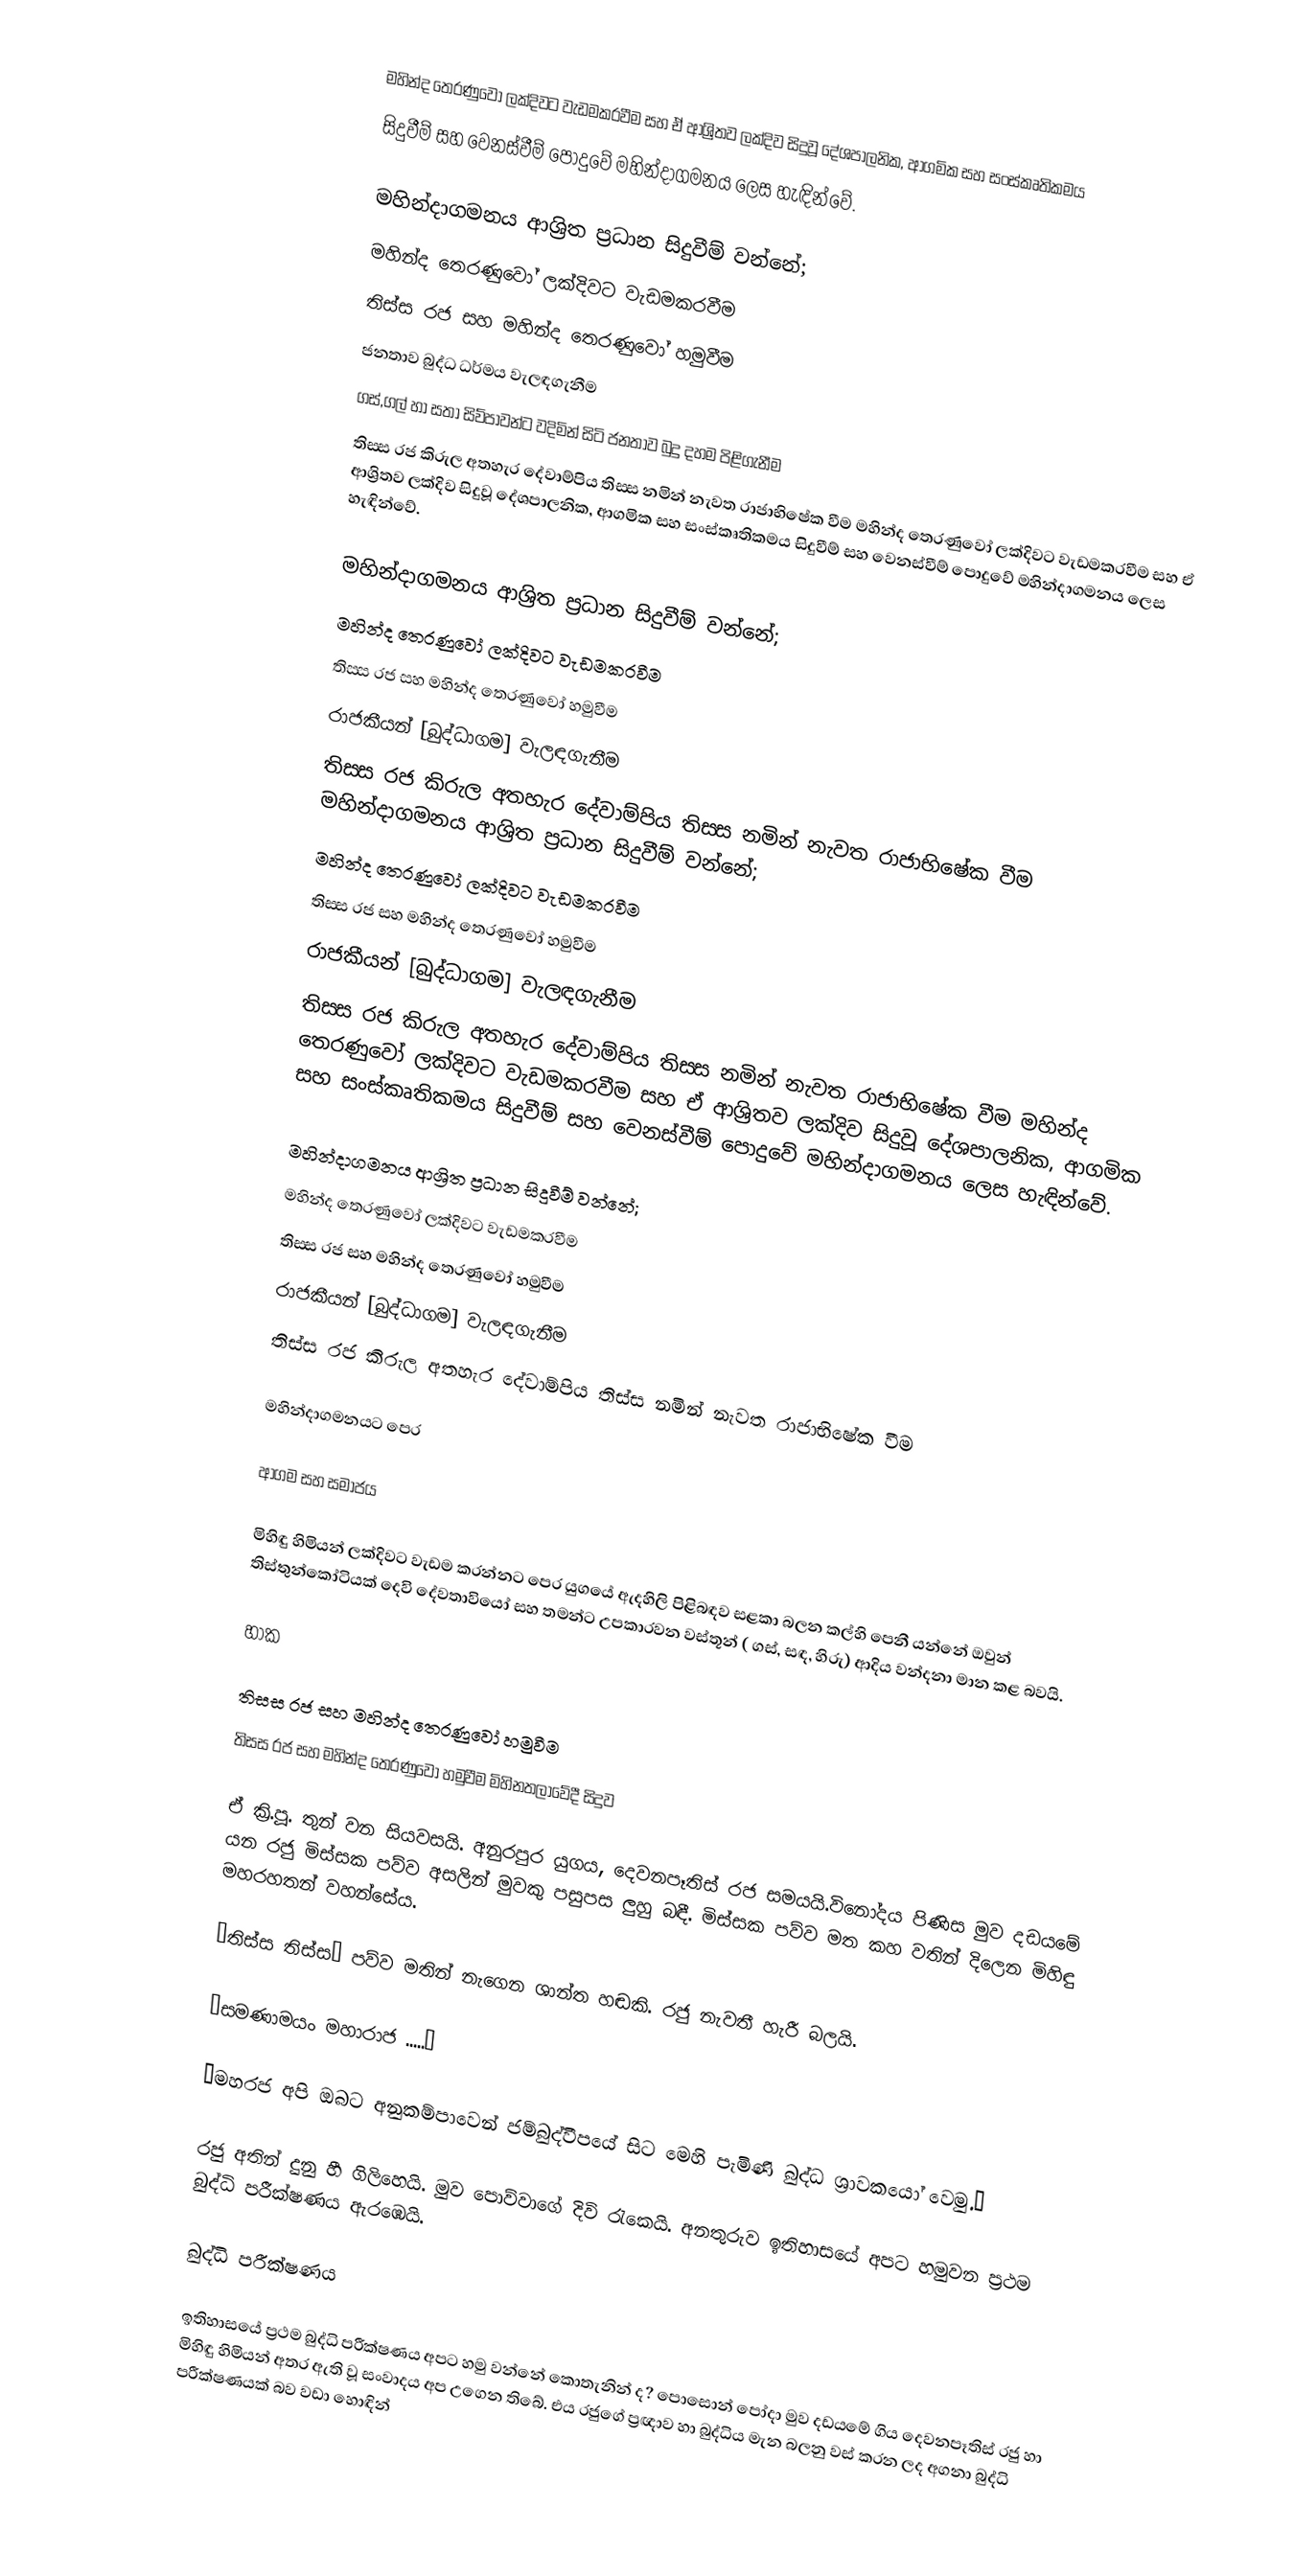
මහින්ද තෙරණුවෝ ලක්දිවට වැඩමකරවීම සහ ඒ ආශ්‍රිතව ලක්දිව සිදුවූ දේශපාලනික, ආගමික සහ සංස්කෘතිකමය
සිදුවීම් සහ වෙනස්වීම් පොදුවේ මහින්දාගමනය ලෙස හැඳින්වේ.

මහින්දාගමනය ආශ්‍රිත ප්‍රධාන සිදුවීම් වන්නේ;
  මහින්ද තෙරණුවෝ ලක්දිවට වැඩමකරවීම
 තිස්ස රජ සහ මහින්ද තෙරණුවෝ හමුවීම
 ජනතාව බුද්ධ ධර්මය වැලඳගැනීම
 ගස්,ගල් හා සතා සිව්පාවන්⁣⁣ට වදිමින් සිටි ජනතාව බුදු දහම පිළිගැනීම
 තිස‍්ස රජ කිරුල අතහැර දේවාම්පිය තිස‍්ස නමින් නැවත රාජාභිෂේක වීම මහින්ද තෙරණුවෝ ලක්දිවට වැඩමකරවීම සහ ඒ ආශ්‍රිතව ලක්දිව සිදුවූ දේශපාලනික, ආගමික සහ සංස්කෘතිකමය සිදුවීම් සහ වෙනස්වීම් පොදුවේ මහින්දාගමනය ලෙස හැඳින්වේ.

මහින්දාගමනය ආශ්‍රිත ප්‍රධාන සිදුවීම් වන්නේ;
  මහින්ද තෙරණුවෝ ලක්දිවට වැඩමකරවීම
 තිස‍්ස රජ සහ මහින්ද තෙරණුවෝ හමුවීම
 රාජකීයන් [බුද්ධාගම] වැලඳගැනීම
 තිස‍්ස රජ කිරුල අතහැර දේවාම්පිය තිස‍්ස නමින් නැවත රාජාභිෂේක වීම මහින්දාගමනය ආශ්‍රිත ප්‍රධාන සිදුවීම් වන්නේ;
  මහින්ද තෙරණුවෝ ලක්දිවට වැඩමකරවීම
 තිස‍්ස රජ සහ මහින්ද තෙරණුවෝ හමුවීම
 රාජකීයන් [බුද්ධාගම] වැලඳගැනීම
 තිස‍්ස රජ කිරුල අතහැර දේවාම්පිය තිස‍්ස නමින් නැවත රාජාභිෂේක වීම මහින්ද තෙරණුවෝ ලක්දිවට වැඩමකරවීම සහ ඒ ආශ්‍රිතව ලක්දිව සිදුවූ දේශපාලනික, ආගමික සහ සංස්කෘතිකමය සිදුවීම් සහ වෙනස්වීම් පොදුවේ මහින්දාගමනය ලෙස හැඳින්වේ.

මහින්දාගමනය ආශ්‍රිත ප්‍රධාන සිදුවීම් වන්නේ;
  මහින්ද තෙරණුවෝ ලක්දිවට වැඩමකරවීම
 තිස‍්ස රජ සහ මහින්ද තෙරණුවෝ හමුවීම
 රාජකීයන් [බුද්ධාගම] වැලඳගැනීම
 තිස‍්ස රජ කිරුල අතහැර දේවාම්පිය තිස‍්ස නමින් නැවත රාජාභිෂේක වීම

මහින්දාගමනයට පෙර

ආගම සහ සමාජය

මිහිඳු හිමියන් ලක්දිවට වැඩම කරන්නට පෙර යුගයේ ඇදහිලි පිළිබඳව සළකා බලන කල්හි පෙනී යන්නේ ඔවුන් තිස්තුන්කෝටියක් දෙවි දේවතාවියෝ සහ තමන්ට උපකාරවන වස්තූන් (  ගස්, සඳ, හිරු)  ආදිය වන්දනා මාන කළ බවයි.

හාක

තිස‍්ස රජ සහ මහින්ද තෙරණුවෝ හමුවීම
තිස‍්ස රජ සහ මහින්ද තෙරණුවෝ හමුවීම මිහිනතලාවේදී සිදුව

ඒ ක්‍රි.පූ. තුන් වන සියවසයි. අනුරපුර යුගය, දෙවනපෑතිස් රජ සමයයි.විනෝදය පිණිස මුව දඩයමේ යන රජු මිස්සක පව්ව අසලින් මුවකු පසුපස ලුහු බඳී. මිස්සක පව්ව මත කහ වතින් දිලෙන මිහිඳු මහරහතන් වහන්සේය.

“තිස්ස තිස්ස” පව්ව මතින් නැගෙන ශාන්ත හඬකි. රජු නැවතී හැරී බලයි.

“සමණාමයං මහාරාජ .....”

“මහරජ අපි ඔබට අනුකම්පාවෙන් ජම්බුද්වීපයේ සිට මෙහි පැමිණි බුද්ධ ශ්‍රාවකයෝ වෙමු.”

රජු අතින් දුනු හී ගිලිහෙයි. මුව පොව්වාගේ දිවි රැකෙයි. අනතුරුව ඉතිහාසයේ අපට හමුවන ප්‍රථම බුද්ධි පරීක්ෂණය ඇරඹෙයි.

බුද්ධි පරීක්ෂණය

ඉතිහාසයේ ප්‍රථම බුද්ධි පරීක්ෂණය අපට හමු වන්නේ කොතැනින් ද? පොසොන් පෝදා මුව දඩයමේ ගිය දෙවනපෑතිස් රජු හා මිහිඳු හිමියන් අතර ඇති වූ සංවාදය අප උගෙන තිබේ. එය රජුගේ ප්‍රඥාව හා බුද්ධිය මැන බලනු වස් කරන ලද අගනා බුද්ධි පරීක්ෂණයක් බව වඩා හොඳින්